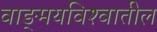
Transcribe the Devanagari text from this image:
वाङ्‌मयविश्‍वातील